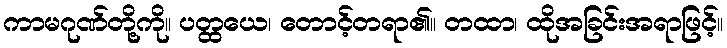
ကာမဂုဏ်တို့ကို။ ပတ္ထယေ၊ တောင့်တရာ၏။ တထာ၊ ထိုအခြင်းအရာဖြင့်။